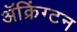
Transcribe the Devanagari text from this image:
ॲक्रिंग्टन